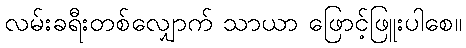
လမ်းခရီးတစ်လျှောက် သာယာ ဖြောင့်ဖြူးပါစေ။